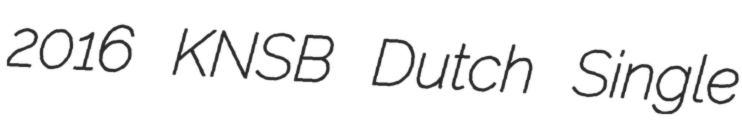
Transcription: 2016 KNSB Dutch Single